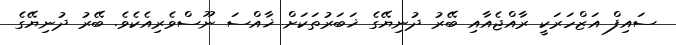
ސައިފް އަޒްހަރަކީ ރާއްޖެއާއި ބޭރު ދުނިޔޭގެ ޚަބަރުތަކަށް ޚާއްސަ ނޫސްވެރިއެކެވެ. ބޭރު ދުނިޔޭގެ